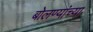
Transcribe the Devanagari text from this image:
बोलण्यांच्या